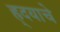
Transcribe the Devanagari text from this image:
ह्र्दयाचे